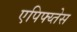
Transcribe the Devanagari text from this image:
एपिफ्य्तेस